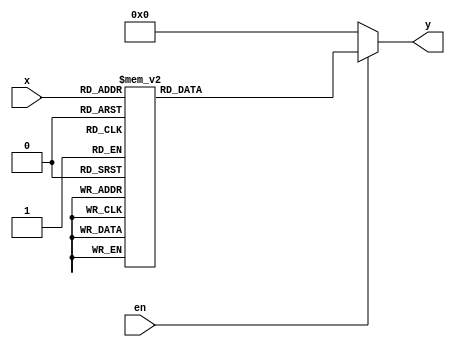
module decoder(input [2:0] x,input en, output reg [7:0] y);
//parameter m=3;
//parameter n=7;
always @(x or en) begin
	if(en) 
	case(x) 
		3'b000:y=8'b00000001;
		3'b001:y=8'b00000010;
		3'b010:y=8'b00000100;
		3'b011:y=8'b00001000;
		3'b100:y=8'b00010000;
		3'b101:y=8'b00100000;
		3'b110:y=8'b01000000;
		3'b111:y=8'b10000000;
	endcase
	else y=8'b00000000;
end
endmodule